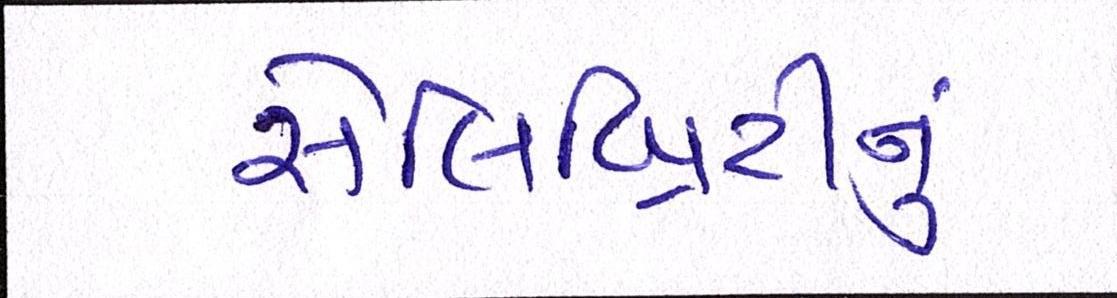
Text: સેલિબ્રિટીનું